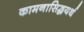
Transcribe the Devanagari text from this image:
कामनासिद्धयर्थ